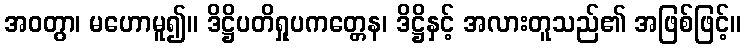
အဝတွာ၊ မဟောမူ၍။ ဒိဋ္ဌိပတိရှုပကတ္တေန၊ ဒိဋ္ဌိနှင့် အလားတူသည်၏ အဖြစ်ဖြင့်။